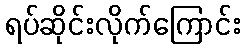
ရပ်ဆိုင်းလိုက်ကြောင်း